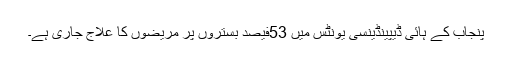
پنجاب کے ہائی ڈیپینڈینسی یونٹس میں 53فیصد بستروں پر مریضوں کا علاج جاری ہے۔